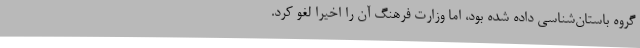
گروه باستان‌شناسی داده شده بود، اما وزارت فرهنگ آن را اخیرا لغو کرد.